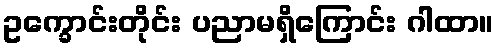
ဥက္ခောင်းတိုင်း ပညာမရှိကြောင်း ဂါထာ။